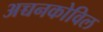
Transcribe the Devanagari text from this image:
अच्चनकोविल